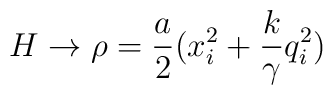
H \rightarrow  \rho = \frac{a}{2} (x_i^2 + \frac{k}{\gamma}q_i^2 )